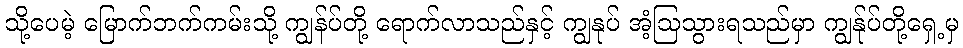
သို့ပေမဲ့ မြောက်ဘက်ကမ်းသို့ ကျွန်ပ်တို့ ရောက်လာသည်နှင့် ကျွနုပ် အံ့ဩသွားရသည်မှာ ကျွန်ုပ်တို့ရှေ့မှ